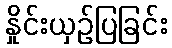
နှိုင်းယှဉ်ပြခြင်း